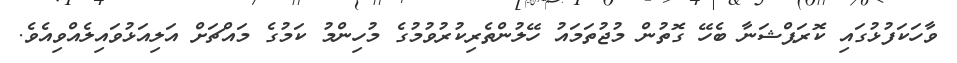
ވާހަކަފުޅުގައި ކޮރަޕްޝަނާ ބެހޭ ގޮތުން މުޖުތަމައު ހޭލުންތެރިކުރުވުމުގެ މުހިންމު ކަމުގެ މައްޗަށް އަލިއަޅުވައިލެއްވިއެވެ.